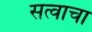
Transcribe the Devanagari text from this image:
सत्वाचा